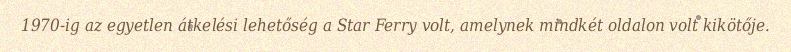
1970-ig az egyetlen átkelési lehetőség a Star Ferry volt, amelynek mindkét oldalon volt kikötője.